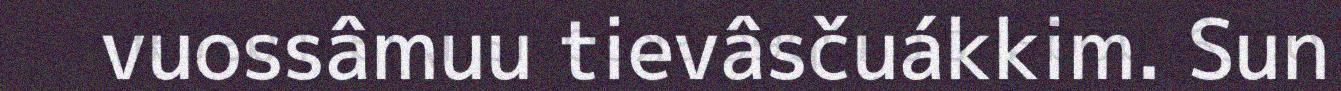
vuossâmuu tievâsčuákkim. Sun